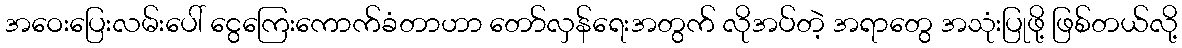
အဝေးပြေးလမ်းပေါ် ငွေကြေးကောက်ခံတာဟာ တော်လှန်ရေးအတွက် လိုအပ်တဲ့ အရာတွေ အသုံးပြုဖို့ ဖြစ်တယ်လို့